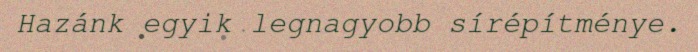
Hazánk egyik legnagyobb sírépítménye.